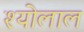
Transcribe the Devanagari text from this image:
श्योलाल